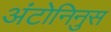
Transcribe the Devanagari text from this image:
अंटोनिनुस